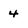
Character: 4